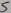
Text: 5